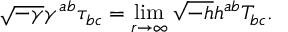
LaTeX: \sqrt { - \gamma } \gamma ^ { a b } \tau _ { b c } = \operatorname * { l i m } _ { r \to \infty } \sqrt { - h } h ^ { a b } T _ { b c } .